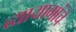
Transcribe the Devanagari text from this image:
व्यायामांचे